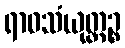
ရာဓသံယုတ္တဉ္စ